Malaria in the Andamans - Number 56
Disease focus: Malaria
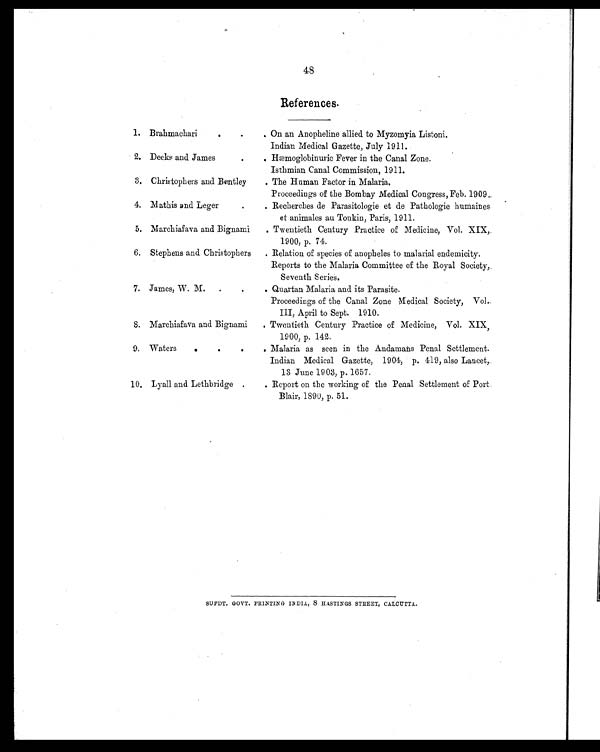
48
References.
1. Brahmachari. .
. .
On an Anopheline allied to Myzomyia Listoni.
Indian Medical Gazette, July 1911.
2. Decks and James
.
.
Hæmoglobinuric Fever in the Canal Zone.
Isthmian Canal Commission, 1911.
3. Christophers and Bentley
. The Human Factor in Malaria.
Proceedings of the Bombay Medical Congress, Feb. 1909..
4. Mathis and Leger
.
.
Recherches de Parasitologie et de Pathologie humaines
et animales au Tonkin, Paris, 1911.
5. Marchiafava and Bignami . Twentieth Century Practice of Medicine, Vol. XIX,
1900, p. 74.
6. Stephens and Christophers . Relation of species of anopheles to malarial endemicity.
Reports to the Malaria Committee of the Royal Society,
Seventh Series.
7. James, W. M. .
.
.
Quartan Malaria and its Parasite.
Proceedings of the Canal Zone Medical Society, Vol.
III, April to Sept. 1910.
8. Marchiafava and Bignami . Twentieth Century Practice of Medicine, Vol. XIX,
1900, p. 142.
9. Waters
. . . .
Malaria as seen in the Andamans Penal Settlement.
Indian Medical Gazette, 1904, p. 419, also Lancet,
13 June 1903, p. 1657.
10. Lyall and Lethbridge . .
Report on the working of the Penal Settlement of Port.
Blair, 1890, p. 51.
SUPDT. GOVT. PRINTING INDIA, 8 HASTINGS STREET, CALCUTTA.